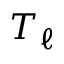
T _ { \ell }